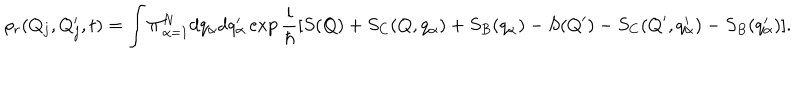
\rho _ { r } ( Q _ { j } , Q _ { j } ^ { \prime } , t ) = \int \Pi _ { \alpha = 1 } ^ { N } d q _ { \alpha } d q _ { \alpha } ^ { \prime } \exp \frac { i } { \hbar } [ S ( Q ) + S _ { C } ( Q , q _ { \alpha } ) + S _ { B } ( q _ { \alpha } ) - S ( Q ^ { \prime } ) - S _ { C } ( Q ^ { \prime } , q _ { \alpha } ^ { \prime } ) - S _ { B } ( q _ { \alpha } ^ { \prime } ) ] .